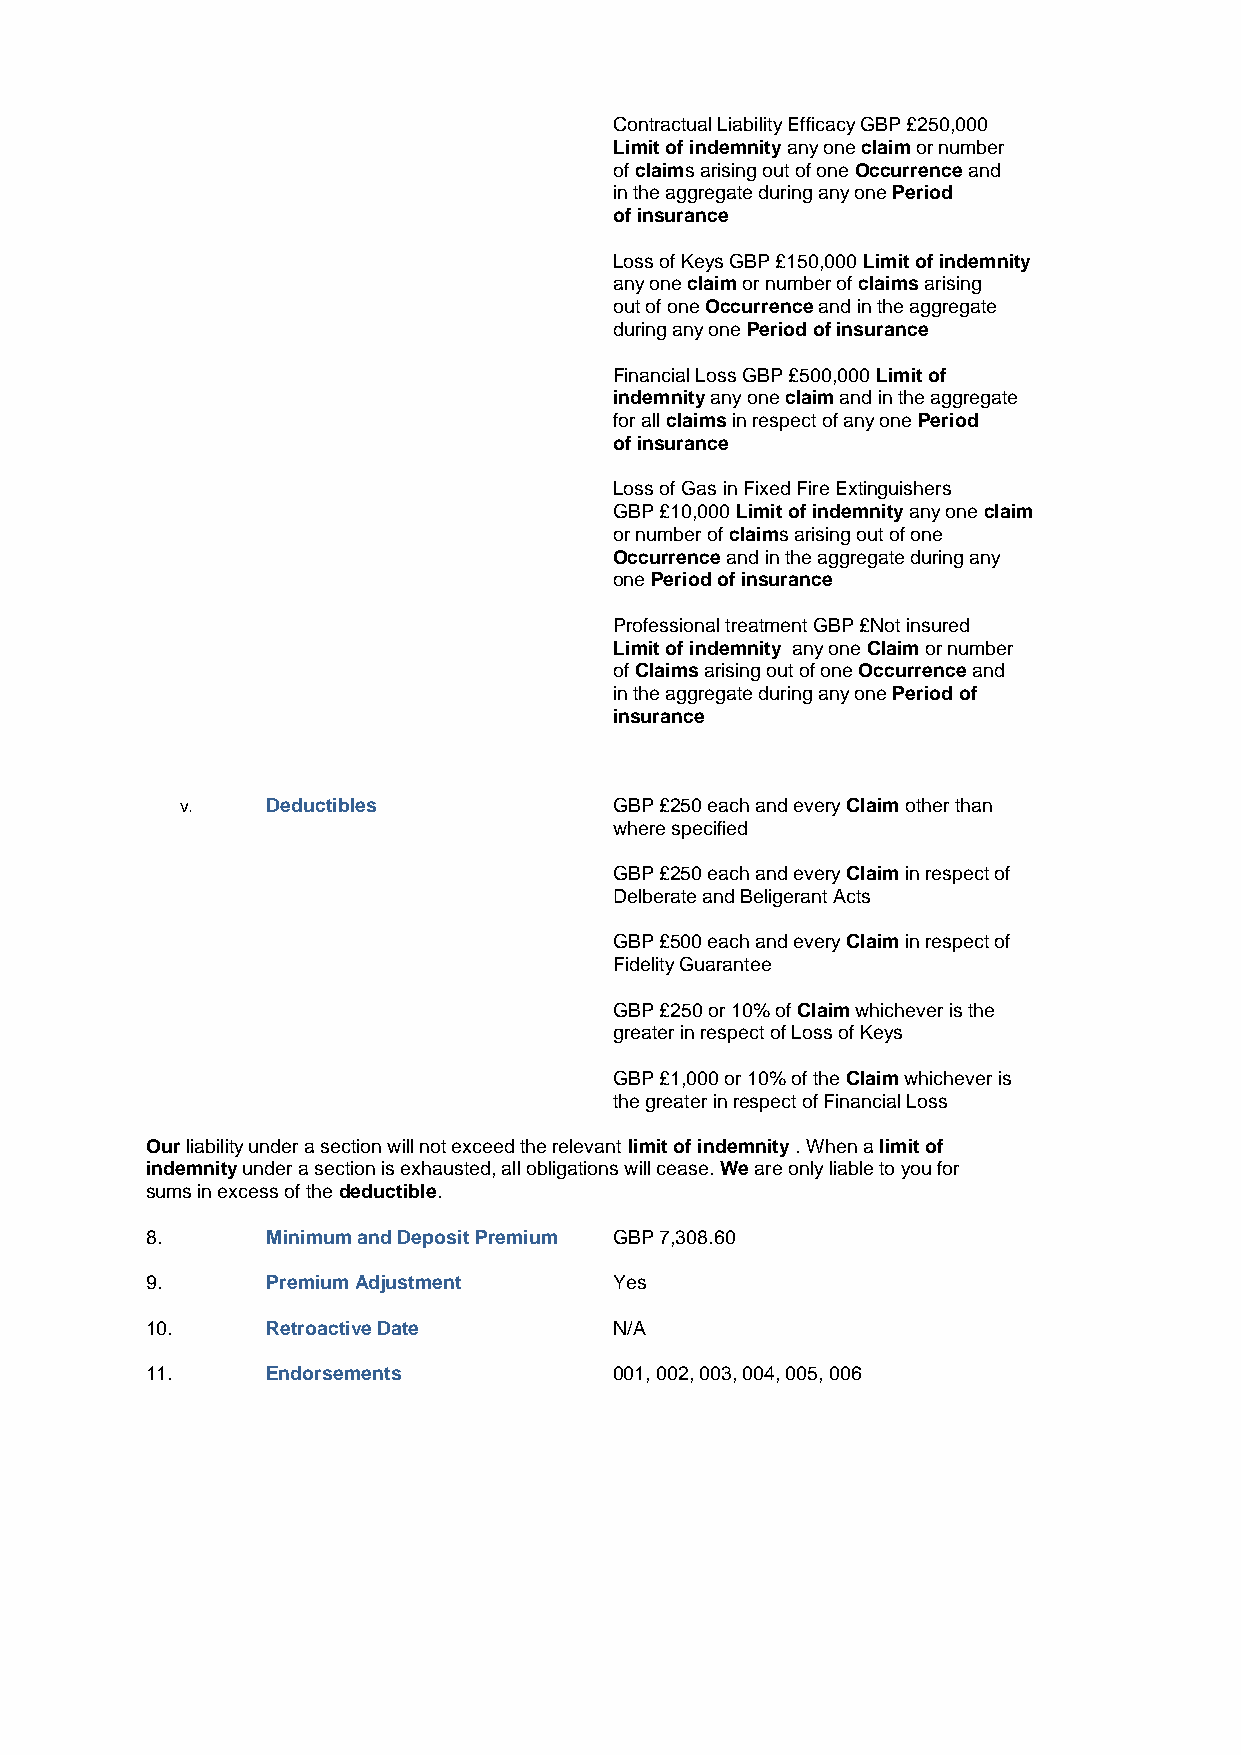
Contractual Liability Efficacy GBP £250,000
 Limit of indemnity any one claim or number
 of claims arising out of one Occurrence and
 in the aggregate during any one Period
 of insurance
 Loss of Keys GBP £150,000 Limit of indemnity
 any one claim or number of claims arising
 out of one Occurrence and in the aggregate
 during any one Period of insurance
 Financial Loss GBP £500,000 Limit of
 indemnity any one claim and in the aggregate
 for all claims in respect of any one Period
 of insurance
 Loss of Gas in Fixed Fire Extinguishers
 GBP £10,000 Limit of indemnity any one claim
 or number of claims arising out of one
 Occurrence and in the aggregate during any
 one Period of insurance
 Professional treatment GBP £Not insured
 Limit of indemnity any one Claim or number
 of Claims arising out of one Occurrence and
 in the aggregate during any one Period of
 insurance
 v.    Deductibles            GBP £250 each and every Claim other than
 where specified
 GBP £250 each and every Claim in respect of
 Delberate and Beligerant Acts
 GBP £500 each and every Claim in respect of
 Fidelity Guarantee
 GBP £250 or 10% of Claim whichever is the
 greater in respect of Loss of Keys
 GBP £1,000 or 10% of the Claim whichever is
 the greater in respect of Financial Loss
 Our liability under a section will not exceed the relevant limit of indemnity . When a limit of
 indemnity under a section is exhausted, all obligations will cease. We are only liable to you for
 sums in excess of the deductible.
 8.      Minimum and Deposit Premium GBP 7,308.60
 9.      Premium Adjustment     Yes
 10.     Retroactive Date       N/A
 11.     Endorsements           001, 002, 003, 004, 005, 006